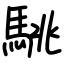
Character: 駣